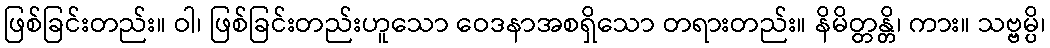
ဖြစ်ခြင်းတည်း။ ဝါ၊ ဖြစ်ခြင်းတည်းဟူသော ဝေဒနာအစရှိသော တရားတည်း။ နိမိတ္တန္တိ၊ ကား။ သဗ္ဗမ္ပိ၊